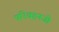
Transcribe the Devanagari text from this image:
परिवहनजो